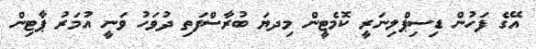
އޭގެ ފަހުން ޑިސިޕްލިނަރީ ކޮމެޓީން މިދޔަ ބުރާސްފަތި ދުވަހު ވަނީ އުމަރު ޕާޓިން